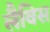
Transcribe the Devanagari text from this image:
लैविस